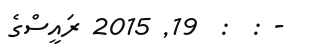
- :  :  19